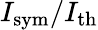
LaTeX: I_{\mathrm{sym}}/I_{\mathrm{th}}